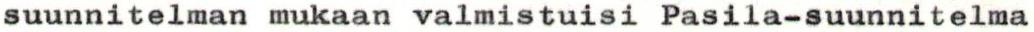
suunnitelman mukaan valmistuisi Pasila-suunnitelma